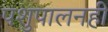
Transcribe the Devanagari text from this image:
पशुपालनही